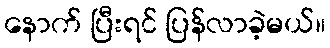
နောက် ပြီးရင် ပြန်လာခဲ့မယ်။